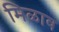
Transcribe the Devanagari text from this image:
मिळाव